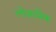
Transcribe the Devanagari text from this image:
लोज़ानिक